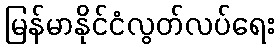
မြန်မာနိုင်ငံလွတ်လပ်ရေး